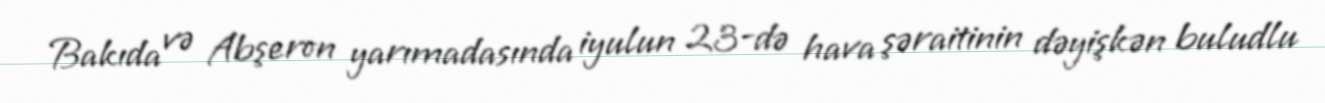
Bakıda və Abşeron yarımadasında iyulun 23-də hava şəraitinin dəyişkən buludlu